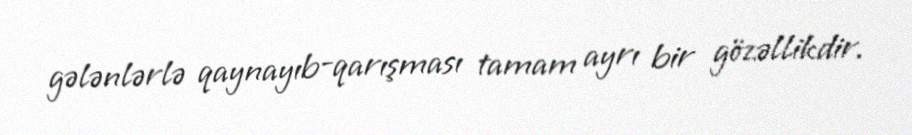
gələnlərlə qaynayıb-qarışması tamam ayrı bir gözəllikdir.